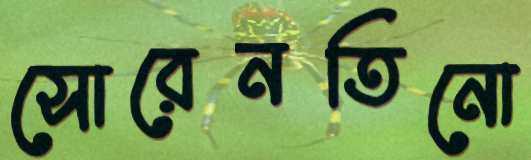
সোরেনতিনো